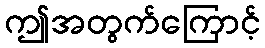
ဤအတွက်ကြောင့်